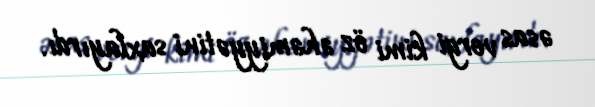
əsas vergi kimi öz əhəmiyyətini saxlayırdı.